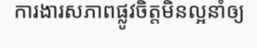
ការងារសភាពផ្លូវចិត្តមិនល្អនាំឲ្យ